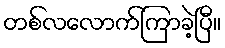
တစ်လလောက်ကြာခဲ့ပြီ။